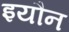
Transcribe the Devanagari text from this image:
इयौन